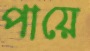
পায়ে